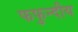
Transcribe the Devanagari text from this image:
फफुन्दीय